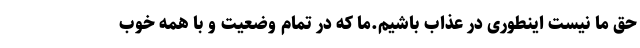
حق ما نیست اینطوری در عذاب باشیم.ما که در تمام وضعیت و با همه خوب